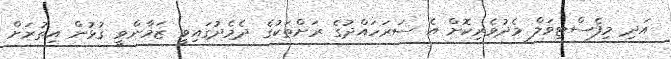
އަދި މިފެސްޓިވަލް މެދުވެރިކޮށް އެ ސަރަހައްދުގެ ރަށްތަކުގެ ދެމެދުގައިވީ ޒަމާންވީ ގުޅުން އިތުރަށް